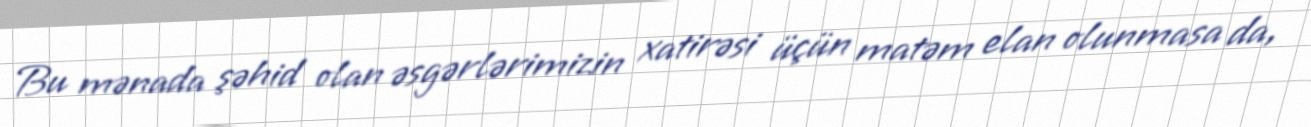
Bu mənada şəhid olan əsgərlərimizin xatirəsi üçün matəm elan olunmasa da,